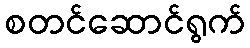
စတင်ဆောင်ရွက်